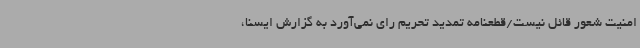
امنیت شعور قائل نیست/قطعنامه تمدید تحریم رای نمی‌آورد به گزارش ایسنا،